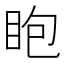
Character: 𥄹